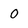
Character: 0